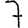
Digit: 7